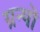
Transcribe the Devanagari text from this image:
ग्रन्थॊ